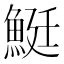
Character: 䱓